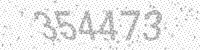
Solution: 354473